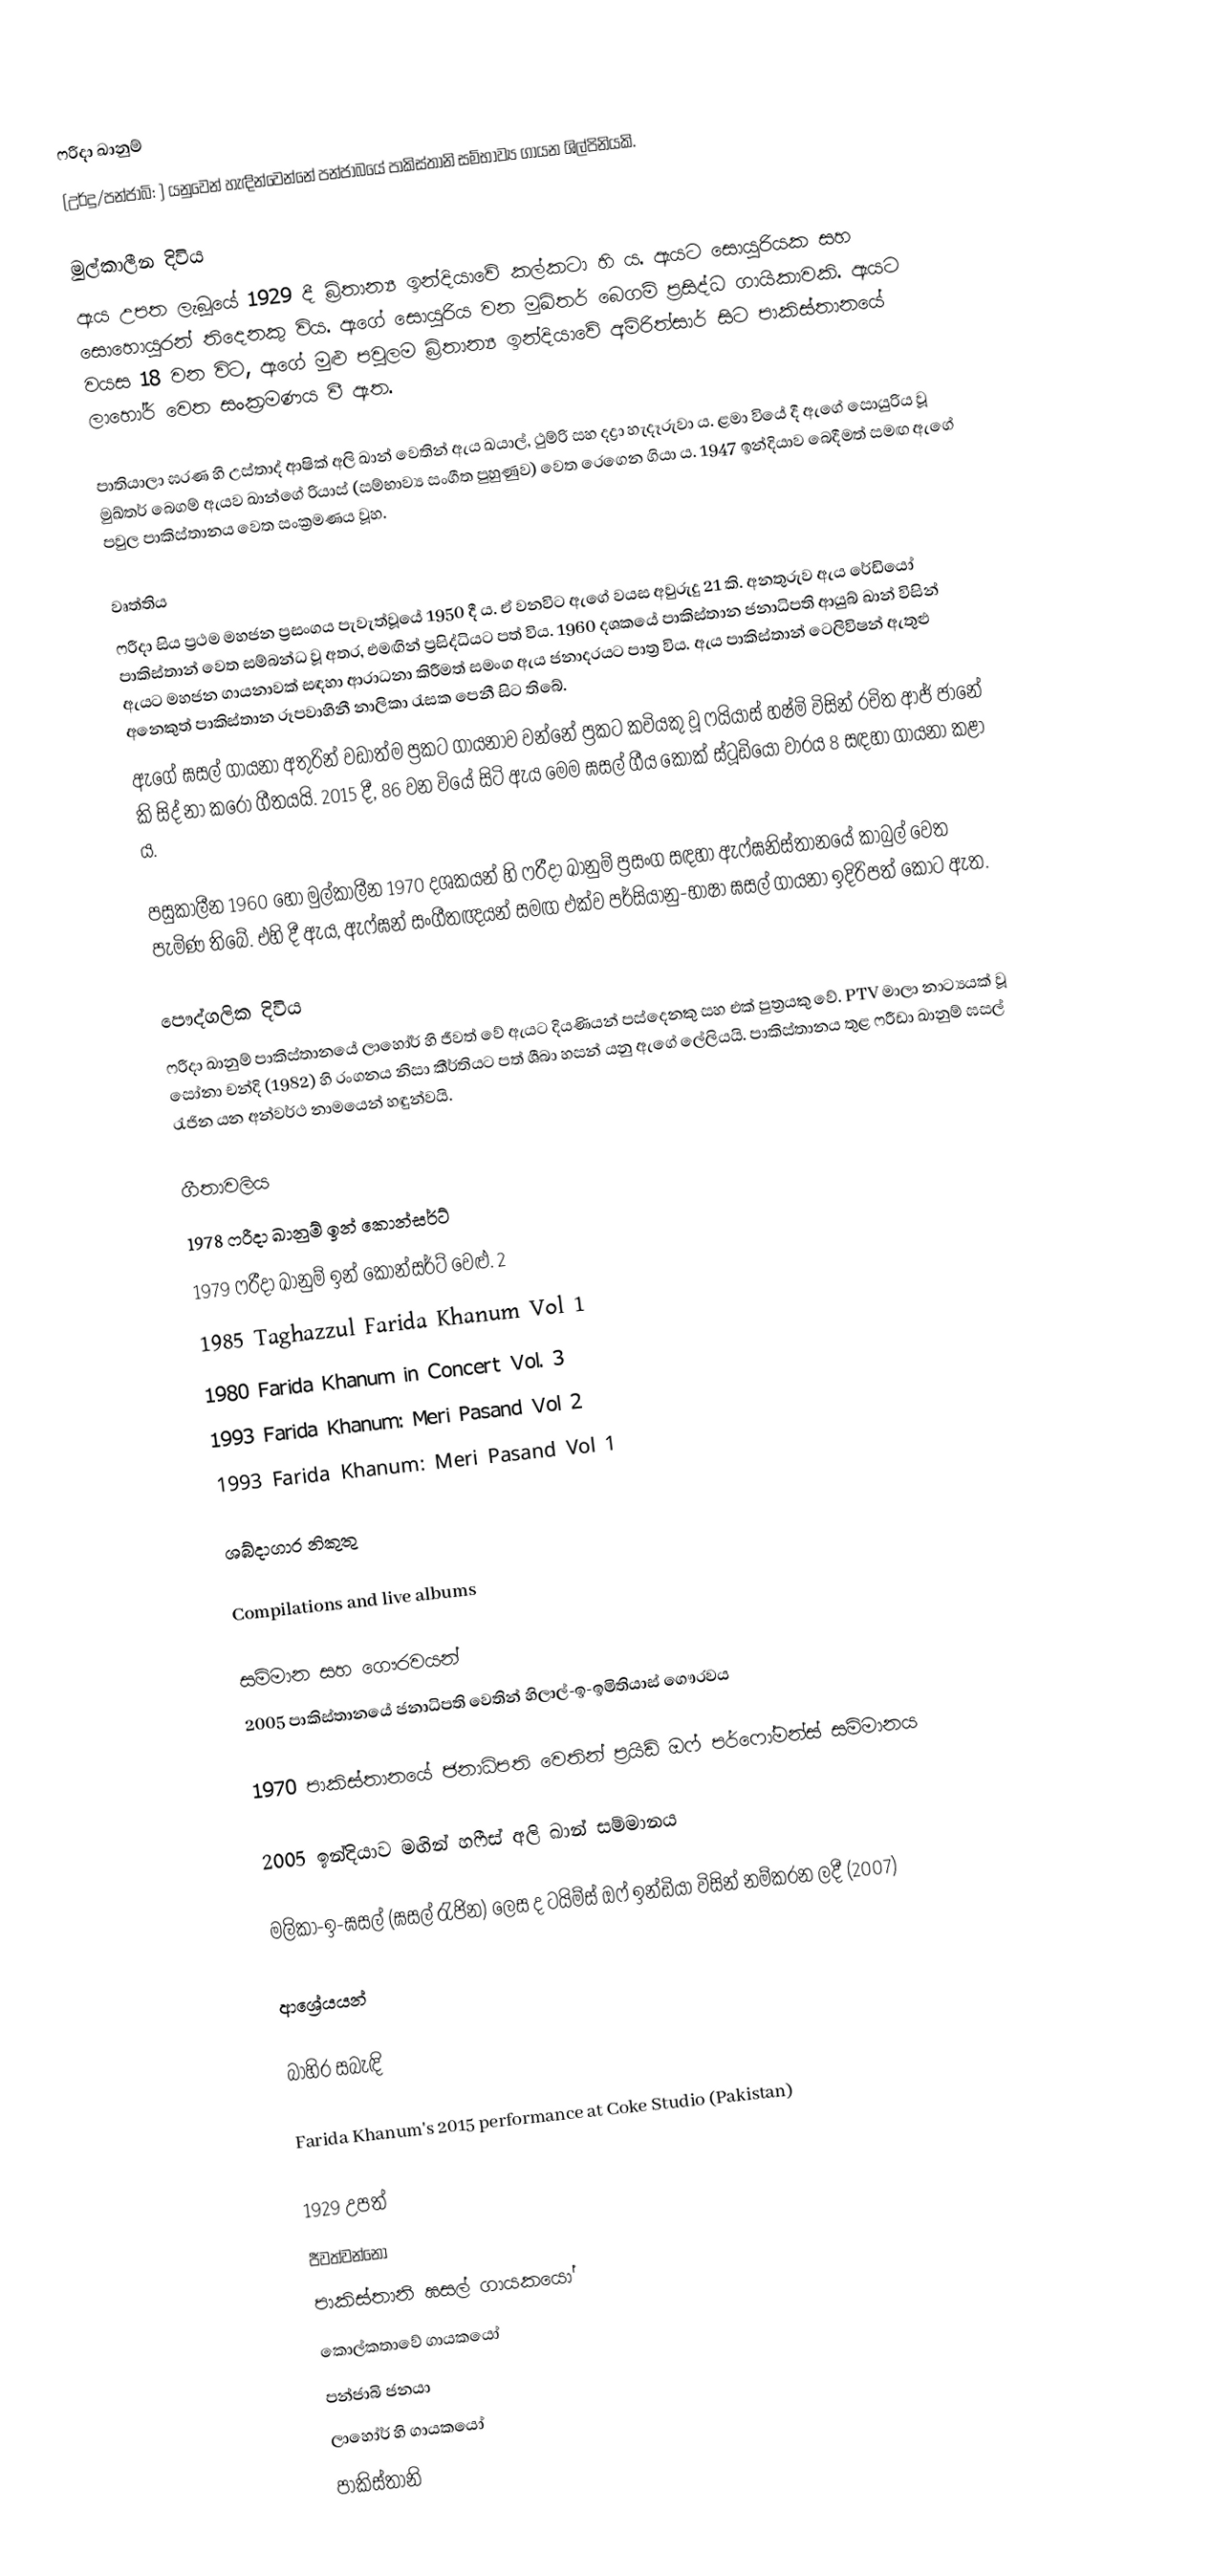
ෆරීදා ඛානුම්
(උර්දු/පන්ජාබි: ) යනුවෙන් හැඳින්වෙන්නේ පන්ජාබයේ පාකිස්තානි සම්භාව්‍ය ගායන ශිල්පිනියකි.

මුල්කාලීන දිවිය
ඇය උපත ලැබූයේ 1929 දී බ්‍රිතාන්‍ය ඉන්දියාවේ කල්කටා හි ය. ඇයට සොයුරියක සහ සොහොයුරන් තිදෙනකු විය. ඇගේ සොයුරිය වන මුඛ්තර් බෙගම් ප්‍රසිද්ධ ගායිකාවකි. ඇයට වයස 18 වන විට, ඇගේ මුළු පවුලම බ්‍රිතාන්‍ය ඉන්දියාවේ අම්රිත්සාර් සිට පාකිස්තානයේ ලාහෝර් වෙත සංක්‍රමණය වී ඇත.

පාතියාලා ඝරණ හි උස්තාද් ආෂික් අලි ඛාන් වෙතින් ඇය ඛයාල්, ථුම්රි සහ දද්‍රා හැදෑරුවා ය. ළමා වියේ දී ඇගේ සොයුරිය වූ මුඛ්තර් බෙගම් ඇයව ඛාන්ගේ රියාස් (සම්භාව්‍ය සංගීත පුහුණුව) වෙත රෙගෙන ගියා ය. 1947 ඉන්දියාව බෙදීමත් සමඟ ඇගේ පවුල පාකිස්තානය වෙත සංක්‍රමණය වූහ.

වෘත්තිය
ෆරීදා සිය ප්‍රථම මහජන ප්‍රසංගය පැවැත්වූයේ 1950 දී ය. ඒ වනවිට ඇගේ වයස අවුරුදු 21 කි. අනතුරුව ඇය රේඩියෝ පාකිස්තාන් වෙත සම්බන්ධ වූ අතර, එමඟින් ප්‍රසිද්ධියට පත් විය. 1960 දශකයේ පාකිස්තාන ජනාධිපති ආයුබ් ඛාන් විසින් ඇයට මහජන ගායනාවක් සඳහා ආරාධනා කිරීමත් සමංග ඇය ජනාදරයට පාත්‍ර විය. ඇය පාකිස්තාන් ටෙලිවිෂන් ඇතුළු අනෙකුත් පාකිස්තාන රූපවාහිනී නාලිකා රැසක පෙනී සිට තිබේ.
ඇගේ ඝසල් ගායනා අතුරින් වඩාත්ම ප්‍රකට ගායනාව වන්නේ ප්‍රකට කවියකු වූ ෆයියාස් හෂ්මි විසින් රචිත ආජ් ජානේ කි සිද් නා කරෝ ගීතයයි. 2015 දී, 86 වන වියේ සිටි ඇය මෙම ඝසල් ගීය කෝක් ස්ටූඩියෝ වාරය 8 සඳහා ගායනා කළා ය.

පසුකාලීන 1960 හෝ මුල්කාලීන 1970 දශකයන් හි ෆරීදා ඛානුම් ප්‍රසංග සඳහා ඇෆ්ඝනිස්තානයේ කාබුල් වෙත පැමිණ තිබේ. එහි දී ඇය, ඇෆ්ඝන් සංගීතඥයන් සමඟ එක්ව පර්සියානු-භාෂා ඝසල් ගායනා ඉදිරිපත් කොට ඇත.

පෞද්ගලික දිවිය
ෆරීදා ඛානුම් පාකිස්තානයේ ලාහෝර් හි ජීවත් වේ ඇයට දියණියන් පස්දෙනකු සහ එක් පුත්‍රයකු වේ. PTV මාලා නාට්‍යයක් වූ සෝනා චන්දි (1982) හි රංගනය නිසා කීර්තියට පත් ශීබා හසන් යනු ඇගේ ලේලියයි. පාකිස්තානය තුළ ෆරීඩා ඛානුම් ඝසල් රැජින යන අන්වර්ථ නාමයෙන් හඳුන්වයි.

ගීතාවලිය
 1978 	ෆරීදා ඛානුම් ඉන් කොන්සර්ට්
 1979 	ෆරීදා ඛානුම් ඉන් කොන්සර්ට් වෙළු. 2
 1985 	Taghazzul Farida Khanum Vol 1
 1980 	Farida Khanum in Concert Vol. 3
 1993 	Farida Khanum: Meri Pasand Vol 2
 1993 	Farida Khanum: Meri Pasand Vol 1

ශබ්දාගාර නිකුතු

Compilations and live albums

සම්මාන සහ ගෞරවයන්
2005 පාකිස්තානයේ ජනාධිපති වෙතින් හිලාල්-ඉ-ඉමිතියාස් ගෞරවය

1970 පාකිස්තානයේ ජනාධිපති වෙතින් ප්‍රයිඩ් ඔෆ් පර්ෆෝමන්ස් සම්මානය

2005 ඉන්දියාව මඟින් හෆීස් අලි ඛාන් සම්මානය

මලිකා-ඉ-ඝසල් (ඝසල් රැජින) ලෙස ද ටයිම්ස් ඔෆ් ඉන්ඩියා විසින් නම්කරන ලදී (2007)

ආශ්‍රේයයන්

බාහිර සබැඳි

 Farida Khanum's 2015 performance at Coke Studio (Pakistan)

1929 උපත්
ජීවත්වන්නෝ
පාකිස්තානි ඝසල් ගායකයෝ
කොල්කතාවේ ගායකයෝ
පන්ජාබි ජනයා
ලාහෝර් හි ගායකයෝ
පාකිස්තානි